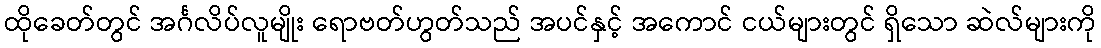
ထိုခေတ်တွင် အင်္ဂလိပ်လူမျိုး ရောဗတ်ဟွတ်သည် အပင်နှင့် အကောင် ငယ်များတွင် ရှိသော ဆဲလ်များကို